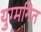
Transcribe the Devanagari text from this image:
युग्‍मनित